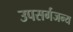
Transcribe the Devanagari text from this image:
उपसर्गजन्य